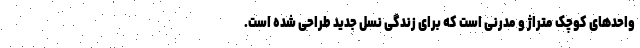
واحدهای کوچک متراژ و مدرنی است که برای زندگی نسل جدید طراحی شده است.